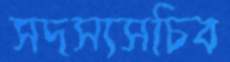
সদস্যসচিব